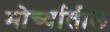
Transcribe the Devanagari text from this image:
मोर्च्यातील